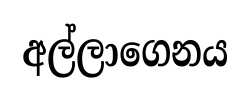
අල්ලාගෙනය